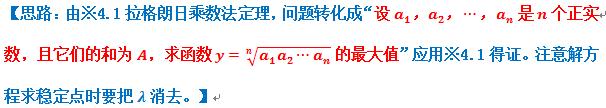
【思路：由※4.1 拉格朗日乘数法定理，问题转化成“设\(a_1,a_2,\cdots,a_n\)是\(n\)个正实数，且它们的和为\(A\)，求函数\(y = \sqrt[n]{a_1a_2\cdots a_n}\)的最大值”应用※4.1 得证。注意解方程求稳定点时要把\(\lambda\)消去。】